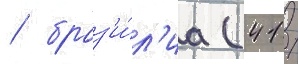
/ браз'и́л'иа (41 /